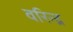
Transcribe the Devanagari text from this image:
वरिन्द्र